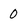
Character: 0